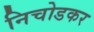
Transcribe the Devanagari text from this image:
निचोडकर